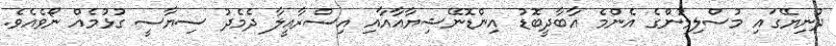
ދުނިޔޭގައި މުސްލިމުންގެ އެންމެ އާބާދީބޮޑު އިންޑޮނޭޝިޔާއާއާއި އިސްރާއީލާ ދެމެދު ސިޔާސީ ގުޅުމެއް ނޯވެއެވެ.